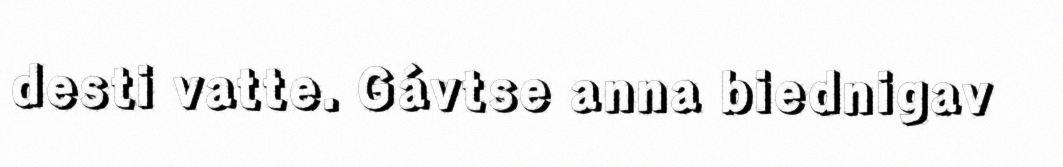
desti vatte. Gávtse anna biednigav